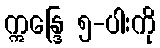
ဣန္ဒြေ ၅-ပါးကို